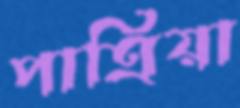
পাত্রিয়া